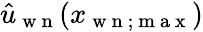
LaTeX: \hat{u}_{\mathrm{~w~n~}}(x_{\mathrm{~w~n~};\mathrm{~m~a~x~}})